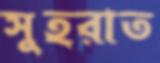
সুহরাত